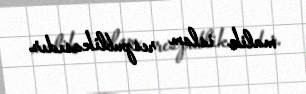
malik islam respublikasıdır.